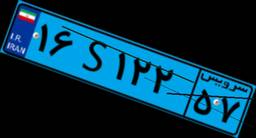
۹۱S۷۳۴۳۳